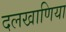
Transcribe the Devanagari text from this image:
दलखाणिया